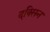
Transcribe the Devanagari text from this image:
दक्सिन